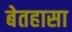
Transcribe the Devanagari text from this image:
बेतहासा